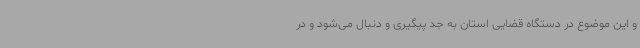
و این موضوع در دستگاه قضایی استان به جد پیگیری و دنبال می‌شود و در